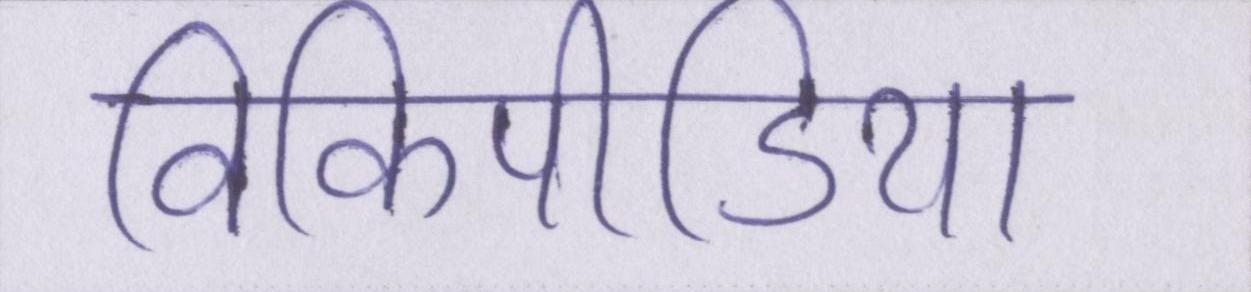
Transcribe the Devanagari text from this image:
विकिपीडिया